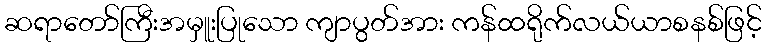
ဆရာတော်ကြီးအမှူးပြုသော ကျာပွတ်အား ကန်ထရိုက်လယ်ယာစနစ်ဖြင့်